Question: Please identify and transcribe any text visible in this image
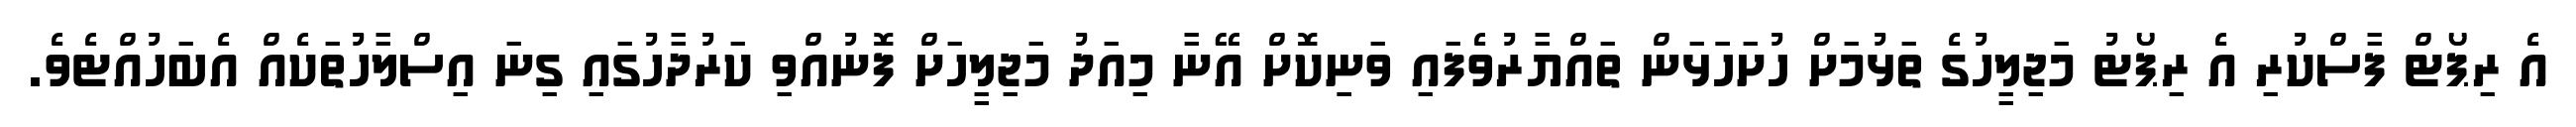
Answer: އެ ރިޕޯޓް ފާސްކުރި އެ ރިޕޯޓު މަޖިލީހުގެ ތަޅުމަށް ހުށަހަަޅަން ތައްޔާރުވެފައި ވަނިިކޮށް އޭނާ މިއަދު މަޖިލީހަށް ފޮނުއްވި ކަރުދާހުގައި ގިނަ އިސްލާހުތަކެއް އެބަހުއްޓެވެ.